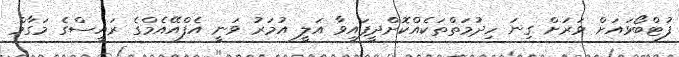
ފުޓްބޯޅައަށް ވަރަށް ގިނަ ހިދުމަތްތަކެއްކޮށްދީފައިވާ އަލީ އުމަރު ވަނީ އެފްއޭއެމްގެ ރައީސްގެ މަގާމް